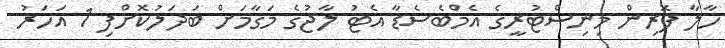
ހާލާ ފޮރިން މިނިސްޓުރީގެ އެމްބެސެޑާ އެޓު ލާޖުގެ މަގާމަށް ބަދަލުކޮށްފި 1 އަހަރު